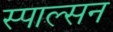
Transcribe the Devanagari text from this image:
स्पाल्सन